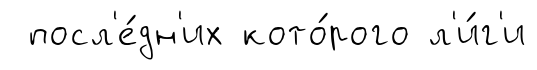
посл'е́дн'их кото́рого л'и́г'и